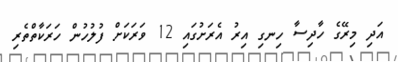
އަދި މިރޭގެ ހާދިސާ ހިނގި އިރު އެރަށުގައި 12 ވަރަކަށް ފުލުހުން ހަރަކާތްތެރި